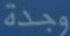
وجدة